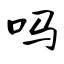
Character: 吗